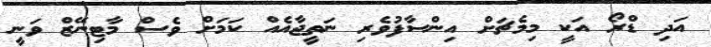
އަދި ޑްރޯ އަކީ މިމެޗަށް އިންސާފުވެރި ނަތީޖާއެއް ކަމަށް ވެސް މާޓިނޭޒް ވަނީ